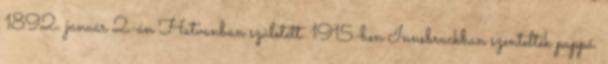
1892. január 2-án Hatvanban született. 1915-ben Innsbruckban szentelték pappá.